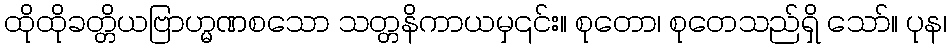
ထိုထိုခတ္တိယဗြာဟ္မဏစသော သတ္တနိကာယမှ၎င်း။ စုတော၊ စုတေသည်ရှိ သော်။ ပုန၊